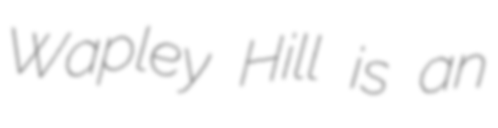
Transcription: Wapley Hill is an